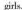
girls、